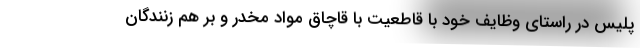
پلیس در راستای وظایف خود با قاطعیت با قاچاق مواد مخدر و بر هم زنندگان